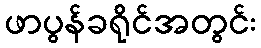
ဖာပွန်ခရိုင်အတွင်း